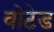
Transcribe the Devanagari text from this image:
वोटेड